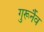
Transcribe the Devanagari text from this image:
गुरूर्नैव